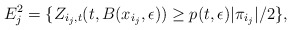
\begin{align*}E^2_j = \{Z_{i_j,t}(t,B(x_{i_j},\epsilon)) \geq p(t,\epsilon) |\pi_{i_j}| / 2 \}, \end{align*}